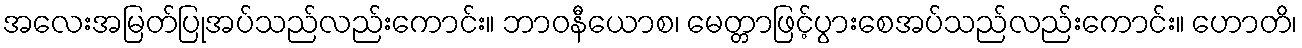
အလေးအမြတ်ပြုအပ်သည်လည်းကောင်း။ ဘာဝနီယောစ၊ မေတ္တာဖြင့်ပွားစေအပ်သည်လည်းကောင်း။ ဟောတိ၊